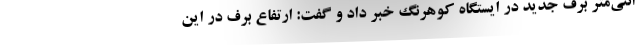
انتی‌متر برف جدید در ایستگاه کوهرنگ خبر داد و گفت: ارتفاع برف در این